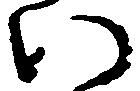
い